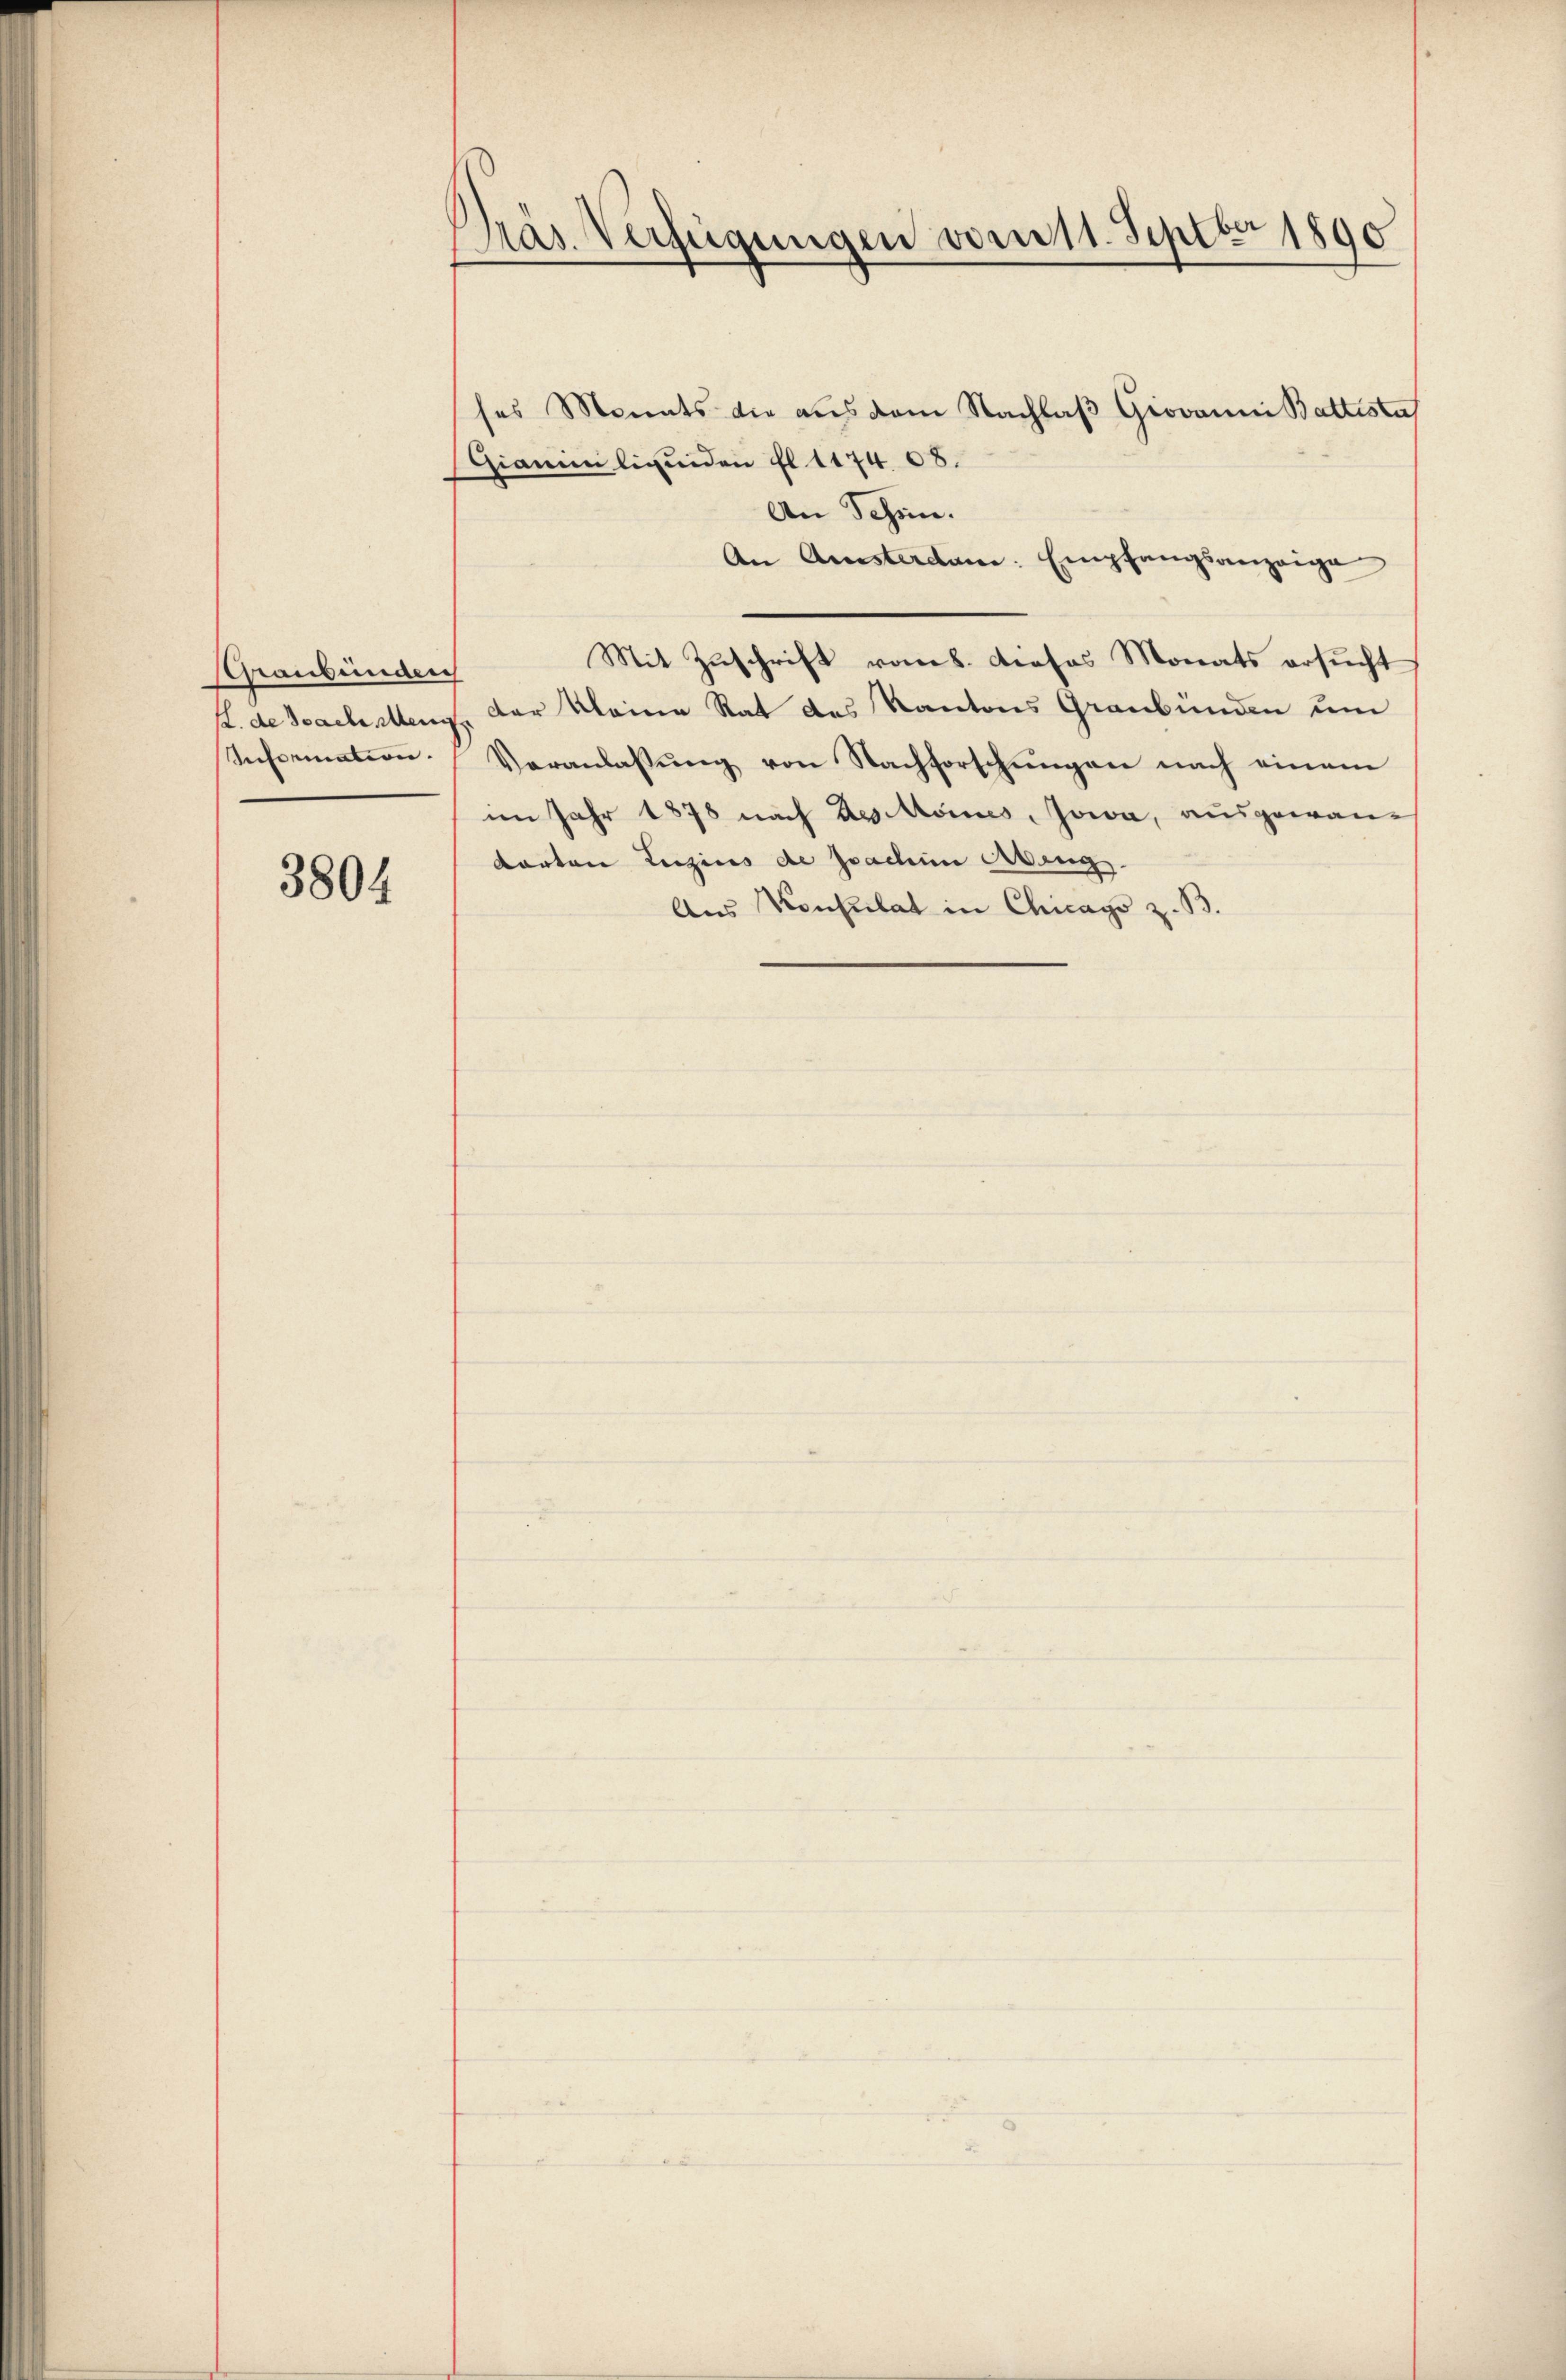
Graubünden
Reformation.

3804

)
pas. Verfügungen vom 11. Septbr 1890

ses Monats die aus dem Nachlaβ Giovanni Battesta
Gianie liquiden fl. 1174 08.
An Schön.
An Amsterdam. Empfangsanzeige
Mit Zuschrift vom 8. Dieses Monats ersucht
s. de Sachstenz der kleine Rat des Kantons Graubünden um
Veranlassŭng von Nachforschŭngen nach einem
im Jahr 1878 nach des Momes, Jowa, ausgewan¬
Karton Luzins de Joachim Abang
Aus Konsulat in Chicago z. B.